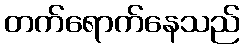
တက်ရောက်နေသည်